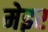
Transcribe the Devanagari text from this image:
मेइर